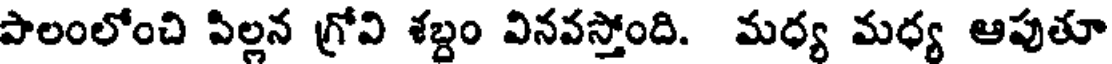
పాలంలోంచి పిల్లన గ్రోవి శబ్దం వినవస్తోంది. మధ్య మధ్య ఆపుతూ